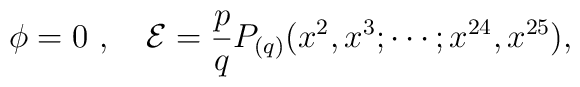
\phi=0 \ , \quad \mathcal{E}=\frac{p}{q}P_{(q)}(x^2,x^3;\cdots;x^{24},x^{25}),